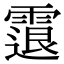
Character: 𩄮